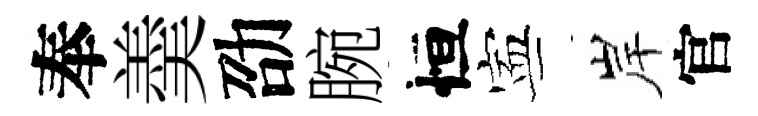
奉羮劭腕恒寕岸官